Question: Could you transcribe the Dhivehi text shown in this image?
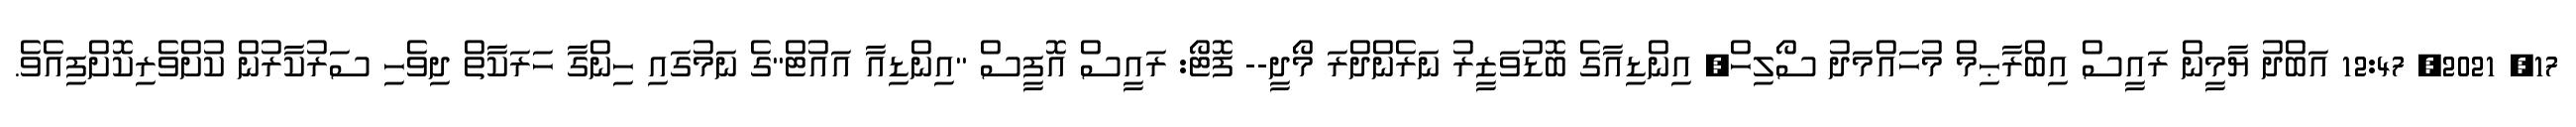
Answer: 17, 2021, 12:47 އަބްދު ޔާމީން ރައީސް އިބްރާޙިމް މުހައްމަދު ސޯލިހް, އިންޑިއާގެ ބޮޑުވަޒީރު ނަރެންދްރަ މޯދީ-- ފޮޓޯ: ރައީސް އޮފީސް "އިންޑިއާ އައުޓް"ގެ ނަމުގައި ހިންގާ ހަރަކާތް ދިވެހި ސަރުކާރުން ކުށްވެރިކޮށްފިއެވެ.